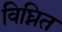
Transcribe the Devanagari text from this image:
विघ्नित